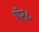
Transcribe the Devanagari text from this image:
ऍन८